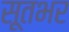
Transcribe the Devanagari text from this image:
सूतभर